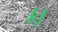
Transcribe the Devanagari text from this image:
।तू